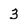
Character: 3